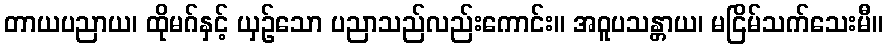
တာယပညာယ၊ ထိုမဂ်နှင့် ယှဉ်သော ပညာသည်လည်းကောင်း။ အဝူပသန္တာယ၊ မငြိမ်သက်သေးမီ။